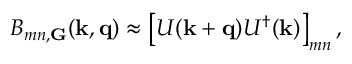
B _ { m n , \mathbf G } ( \mathbf k , \mathbf q ) \approx \left[ U ( \mathbf k + \mathbf q ) U ^ { \dagger } ( \mathbf k ) \right] _ { m n } ,